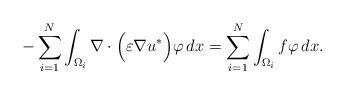
LaTeX: \begin{align*}- \sum_{i=1}^N \int_{\Omega_i} \nabla \cdot \Big( \varepsilon \nabla u^* \Big) \varphi\, dx=\sum_{i=1}^N \int_{\Omega_i} f \varphi\, dx.\end{align*}